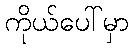
ကိုယ်ပေါ်မှာ